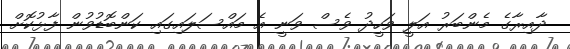
ދާއިރާގެ މެންބަރު އަލީ ވަހީދު ވެސް ވަނީ އެ މައްސަލައިގައި ކަންބޮޑުވުން ފާޅުކޮށް